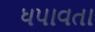
ધપાવતા